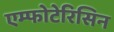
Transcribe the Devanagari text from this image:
एम्फोटेरिसिन